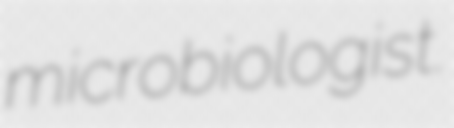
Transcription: microbiologist.